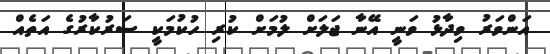
އަންވަރު ވިދާޅު ވަނީ އޭނާ ޖަލަށް ލުމަށް ކުރި ހުކުމަކީ ސަރުކާރުގެ އަތެއް